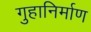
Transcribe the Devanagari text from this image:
गुहानिर्माण